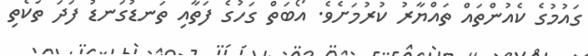
ގައުމުގެ ކެއުންތައް ތައްޔާރު ކުރުމަށެވެ. އޯބަތް ގަހުގެ ފަތާއި ތަނޑުގަނޑު ފަދަ ތަކެތި